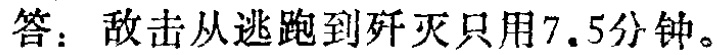
答：敌击从逃跑到歼灭只用7.5分钟。